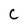
Character: C